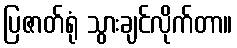
ပြဇာတ်ရုံ သွားချင်လိုက်တာ။